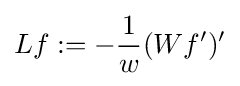
Lf:=-{\frac {1}{w}}(Wf')'